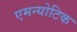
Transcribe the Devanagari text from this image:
एमन्योटिक